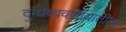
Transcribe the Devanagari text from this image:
दुग्धव्यवसायातील